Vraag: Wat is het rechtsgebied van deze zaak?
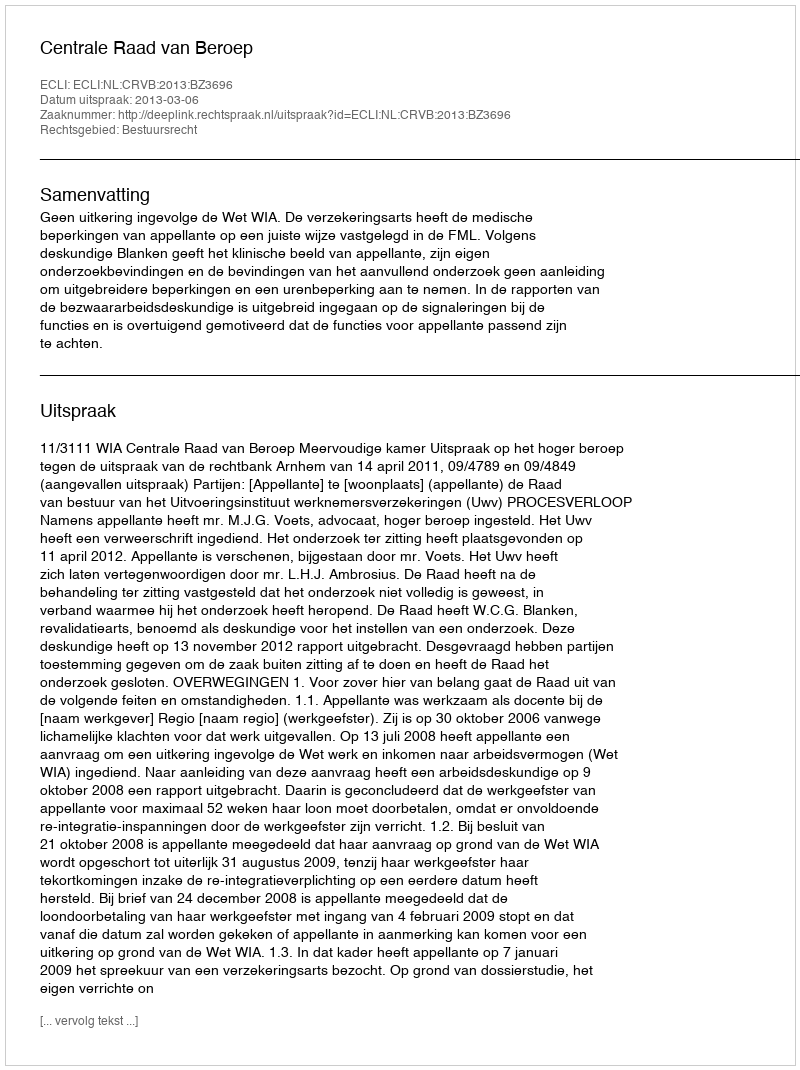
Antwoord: Bestuursrecht